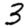
Digit: 3